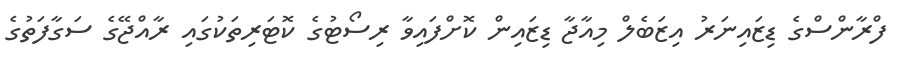
ފްރާންސްގެ ޑިޒައިނަރު އިޒަބެލް މިއާޖާ ޑިޒައިން ކޮށްފައިވާ ރިސޯޓުގެ ކޮޓަރިތަކުގައި ރާއްޖޭގެ ސަގާފަތުގެ